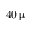
4 0 \, \upmu